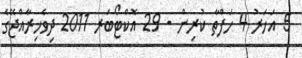
5 އަހަރު 4 ހަފްތާ ކުރިން - 29 އޮކްޓޯބަރ 2011 ދިވެހިރާއްޖޭގެ